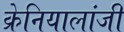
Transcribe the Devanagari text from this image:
क्रेनियालांजी